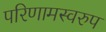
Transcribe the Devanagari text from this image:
परिणामस्‍वरुप